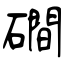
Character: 磵